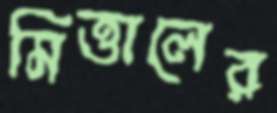
মিত্তালের